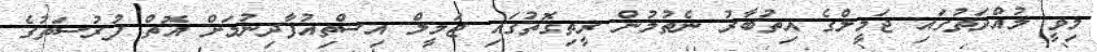
މިވީ މުއްދަތުގައި ޖަމީލްގެ އިތުބާރު ނެތުމުން ރީތިގޮތުގައި ޖަމީލް އިސްތިއުފާދިނުމަށް އޮތް ފުރުސަތުގެ